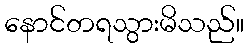
နောင်တရသွားမိသည်။